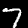
Digit: 7